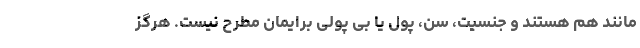
مانند هم هستند و جنسیت، سن، پول یا بی پولی برایمان مطرح نیست. هرگز